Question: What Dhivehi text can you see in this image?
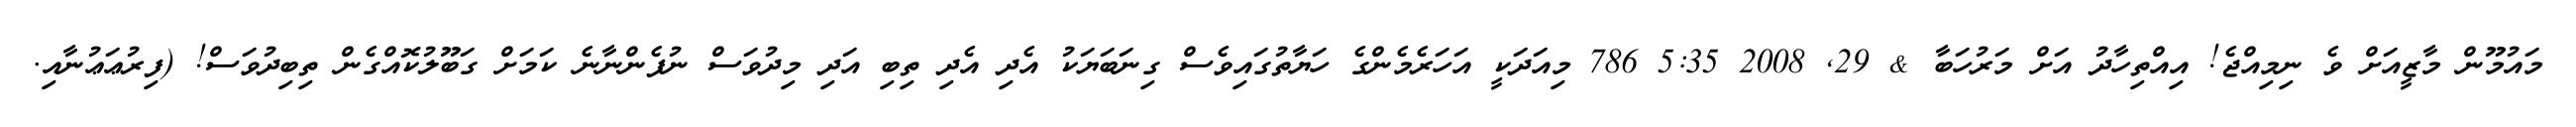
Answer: މައުމޫން މާޒީއަށް ވެ ނިމިއްޖެ! އިއްތިހާދު އަށް މަރުހަބާ & 29, 2008 5:35 786 މިއަދަކީ އަހަރެމެންގެ ހަޔާތުގައިވެސް ގިނަބަޔަކު އެދި އެދި ތިބި އަދި މިދުވަސް ނުފެންނާނެ ކަމަށް ގަބޫލުކޮއްގެން ތިބިދުވަސް! (ފިރުޢަޢުނާއި.